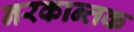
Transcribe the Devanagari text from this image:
नरकान्तक